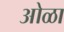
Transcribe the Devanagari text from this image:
ओळा